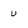
Character: u